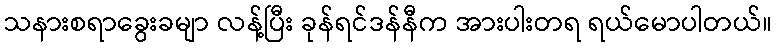
သနားစရာခွေးခမျာ လန့်ပြီး ခုန်ရင်ဒန်နီက အားပါးတရ ရယ်မောပါတယ်။